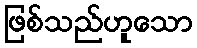
ဖြစ်သည်ဟူသော